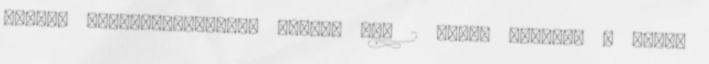
többet Alacsony-közepes lángon kb. 2 óráig fűzzük. A főzés